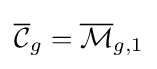
{\overline {\mathcal {C}}}_{g}={\overline {\mathcal {M}}}_{g,1}